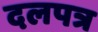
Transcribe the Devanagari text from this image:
दलपत्र